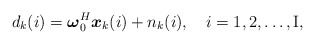
\begin{align*}{d_k(i)} = {\boldsymbol {\omega}}_0^H{\boldsymbol x_k(i)}+{n_k(i)},~~~ i=1,2, \ldots, \textrm{I} ,\end{align*}